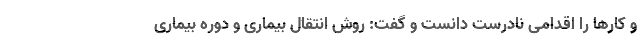
و کارها را اقدامی نادرست دانست و گفت: روش انتقال بیماری و دوره بیماری